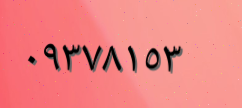
٠٩٣٧٨١٥٣